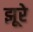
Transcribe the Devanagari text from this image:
झूरे